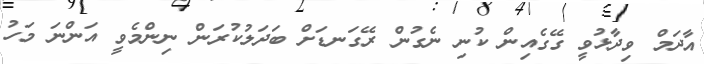
އާދަމް ވިދާޅުވީ ގޭގެއިން ކުނި ނެގުން ރޭގަނޑަށް ބަދަލުކުރަން ނިންމެވީ އަންނަ މަހު